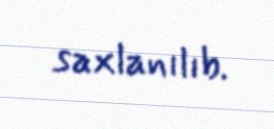
saxlanılıb.